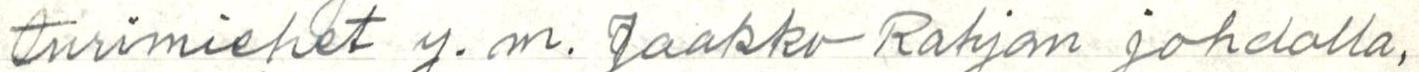
turimiehet y.m. Jaakko Rahjan johdolla,